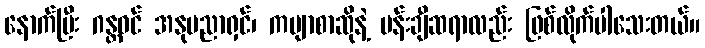
နောက်ပြီး ဂန္တဝင် အနုပညာရှင်၊ ကဗျာစာဆိုနဲ့ ပန်းချီဆရာလည်း ဖြစ်လိုက်ပါသေးတယ်။